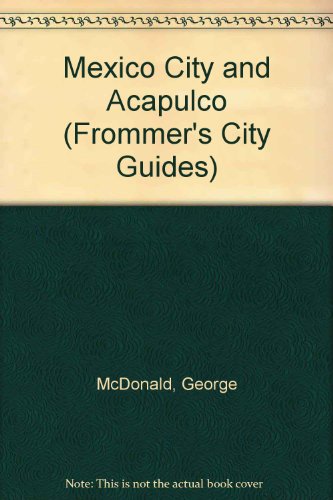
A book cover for Mexico City and Acapulco (Frommer's City Guides); George McDonald; Travel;